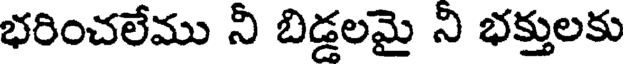
భరించలేము నీ బిడ్డలమై ని భక్తులకు